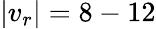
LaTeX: |v_{r}|=8-12